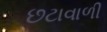
છટાવાળી